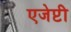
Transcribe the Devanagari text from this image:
एजेप्टी